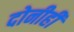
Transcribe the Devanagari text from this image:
दोनीही